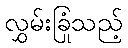
လွှမ်းခြုံသည့်